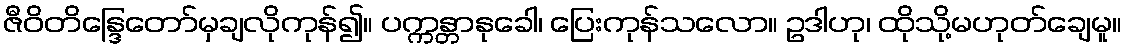
ဇီဝိတိန္ဒြေတော်မှချလိုကုန်၍။ ပက္ကန္တာနုခေါ၊ ပြေးကုန်သလော။ ဥဒါဟု၊ ထိုသို့မဟုတ်ချေမူ။